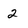
Character: 2